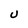
Character: U